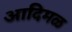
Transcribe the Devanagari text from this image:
आदिमळ